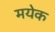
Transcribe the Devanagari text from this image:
मयेक